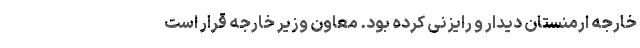
خارجه ارمنستان دیدار و رایزنی کرده بود. معاون وزیر خارجه قرار است